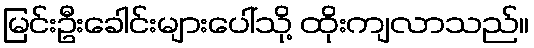
မြင်းဦးခေါင်းများပေါ်သို့ ထိုးကျလာသည်။